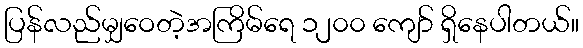
ပြန်လည်မျှဝေတဲ့အကြိမ်ရေ ၁၂၀၀ ကျော် ရှိနေပါတယ်။